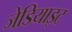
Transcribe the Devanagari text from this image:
जेडियाइट